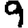
Digit: 9